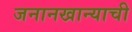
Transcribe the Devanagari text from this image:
जनानखान्याची